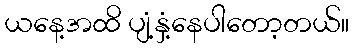
ယနေ့အထိ ပျံ့နှံ့နေပါတော့တယ်။